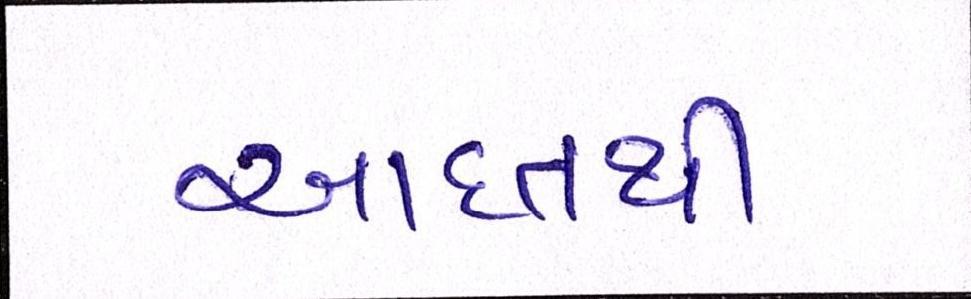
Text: આદતથી